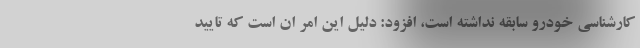
کارشناسی خودرو سابقه نداشته است، افزود: دلیل این امر ان است که تایید